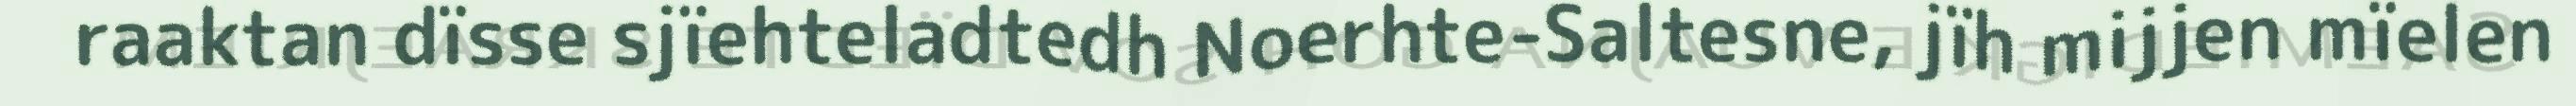
raaktan dïsse sjïehteladtedh Noerhte-Saltesne, jïh mijjen mïelen